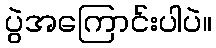
ပွဲအကြောင်းပါပဲ။